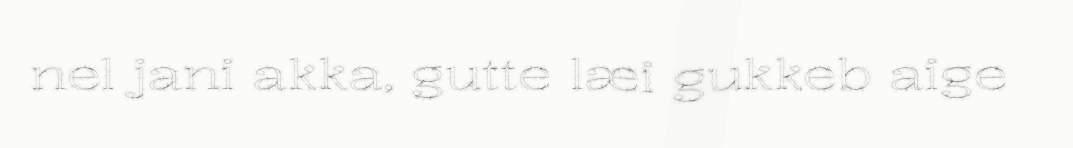
nel jani akka, gutte læi gukkeb aige